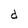
Character: d